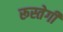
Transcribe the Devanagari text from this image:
रूस्तेगी